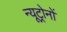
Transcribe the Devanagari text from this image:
न्यूट्रोनों